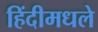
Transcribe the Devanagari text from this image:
हिंदीमधले